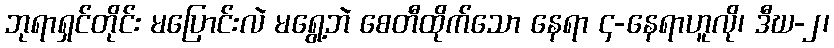
ဘုရာရှင်တိုင်း မပြောင်းလဲ မရွေ့ဘဲ စေတီထိုက်သော နေရာ ၄-နေရာဟူလို၊ ဒီဃ-၂၊